Bombay plague: being a history of the progress of plague in the Bombay presidency from September 1896 to June 1899
Year: 1896
Disease focus: Plague
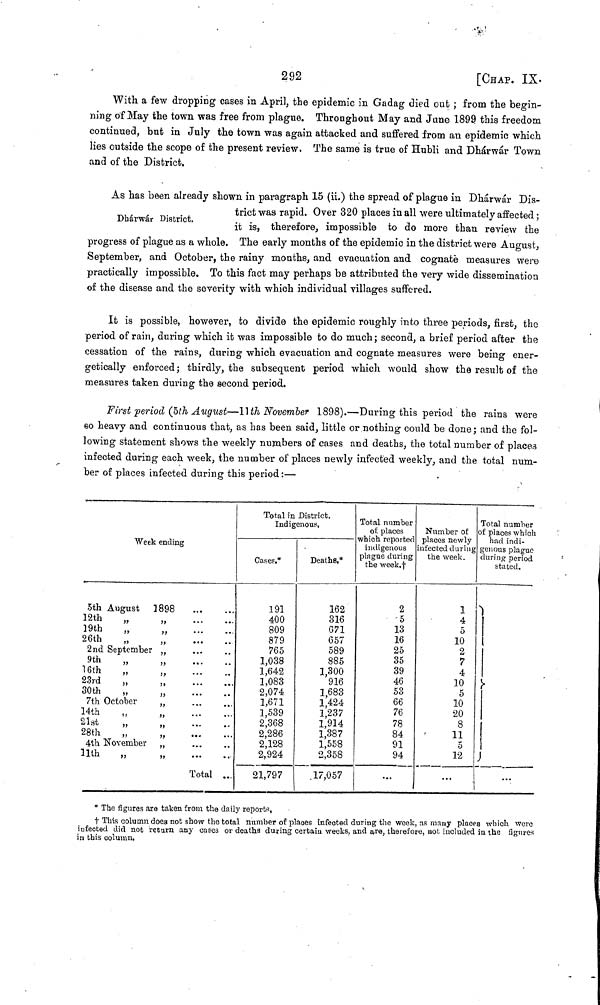
292
[CHAP. IX.
With a few dropping cases in April, the epidemic in Gadag died out ; from the begin-
ning of May the town was free from plague. Throughout May and June 1899 this freedom
continued, but in July the town was again attacked and suffered from an epidemic which
lies outside the scope of the present review, The same is true of Hubli and Dhárwár Town
and of the District.
Dhárwár District.
As has been already shown in paragraph 15 (ii.) the spread of plague in Dhárwár Dis-
trict was rapid. Over 320 places in all were ultimately affected ;
it is, therefore, impossible to do more than review the
progress of plague as a whole. The early months of the epidemic in the district were August,
September, and October, the rainy months, and evacuation and cognate measures were
practically impossible. To this fact may perhaps be attributed the very wide dissemination
of the disease and the severity with which individual villages suffered.
It is possible, however, to divide the epidemic roughly into three periods, first, the
period of rain, during which it was impossible to do much; second, a brief period after the
cessation of the rains, during which evacuation and cognate measures were being ener-
getically enforced ; thirdly, the subsequent period which would show the result of the
measures taken during the second period.
First period (5th August—11th November 1898).—During this period the rains were
60 heavy and continuous that, as has been said, little or nothing could be done; and the fol-
lowing statement shows the weekly numbers of cases and deaths, the total number of placea
infected during each week, the number of places newly infected weekly, and the total num-
ber of places infected during this period :—
Week ending
5th August
12th
„
19th
„
26th ,,
2nd September
9th
„
16th ,,
23rd ,,
30th
„
7th October
14th ,,
21st ,,
28th
„
4th November
11th
„
1898
...
...
...
...
...
...
...
...
·· ·
...
Total
...
...
...
...
..
...
...
Total in District.
Indigenous,
Cases.*
191
400
809
879
765
1,038
1,642
1,083
2,074
1,671
1,539
2,368
2,286
2,128
2,924
21,797
Deaths.*
162
316
G71
657
589
885
1,300
916
1,683
1,424
1,237
1,914
1,387
1,558
2,358
17,057
Total number
of places
which reported
indigenous
plague during
the week.†
2
5
13
16
25
35
39
46
53
66
76
78
84
91
94
...
Number of
places newly
infected during
the week.
1
4
5
10
2
7
4
10
5
10
20
8
11
5
12
...
Total number
of places which
had indi-
genous plague
during period
stated.
X
>
)
...
* The figures are taken from the daily reports,
† This column does not show the total number of places infected during the week, as many places which were
infected did not return any cases or deaths during certain weeks, and are, therefore, not included in the figures
in this column.